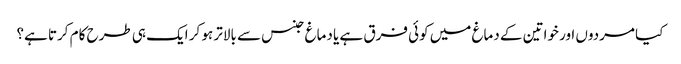
کیا مردوں اور خواتین کے دماغ میں کوئی فرق ہے یا دماغ جنس سے بالاتر ہو کر ایک ہی طرح کام کرتا ہے؟